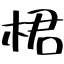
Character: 桾